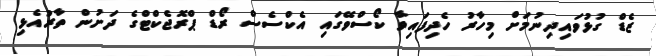
ޒެޑް ގުޅުވައިދިނުމަށް މިހާރު ހެދިފައިވާ ކޯސްވޭގައި އެކްސެސް ރޯޑް ޕްރޮޖެކްޓްގެ ދަށުން ތާރުއެޅި